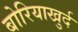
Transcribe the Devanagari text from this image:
बोरियाखुर्द